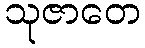
သုဇာတေ